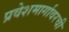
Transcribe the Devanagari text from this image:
प्रवेशमार्गावरची